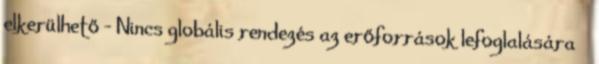
elkerülhető – Nincs globális rendezés az erőforrások lefoglalására ●